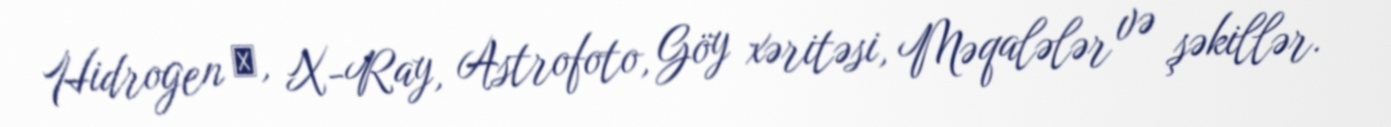
Hidrogen α, X-Ray, Astrofoto, Göy xəritəsi, Məqalələr və şəkillər.